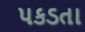
પકડતા